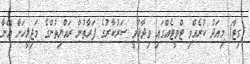
(ގިޓާ) މިއަދު ކުރެއްވި ޓްވީޓެއްގައި ވިދާޅުވީ ސަރުކާރުގެ ފަރާތުން ރައްޔިތުންގެ މަޖިލީހަށް އޭނާ